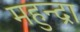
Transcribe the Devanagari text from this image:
महुन्द्रा